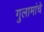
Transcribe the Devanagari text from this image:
गुलामांचे